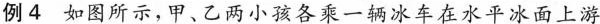
例4如图所示，甲、乙两小孩各乘一辆冰车在水平冰面上游